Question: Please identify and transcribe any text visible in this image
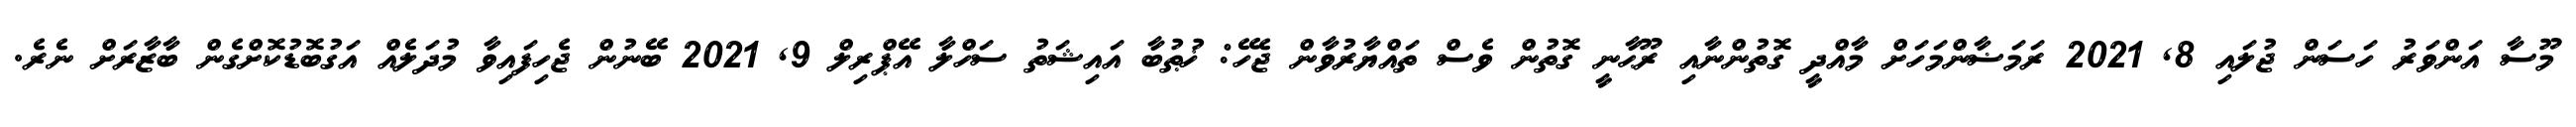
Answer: މޫސާ އަންވަރު ހަސަން ޖުލައި 8, 2021 ރަމަޟާންމަހަށް މާއްދީ ގޮތުންނާއި ރޫޙާނީ ގޮތުން ވެސް ތައްޔާރުވާން ޖެހޭ: ޚުޠުބާ އައިޝަތު ސަހްލާ އޭޕްރިލް 9, 2021 ބޭނުން ޖެހިފައިވާ މުދަލެއް އަގުބޮޑުކޮށްގެން ބާޒާރަށް ނެރެ.